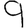
Digit: 9